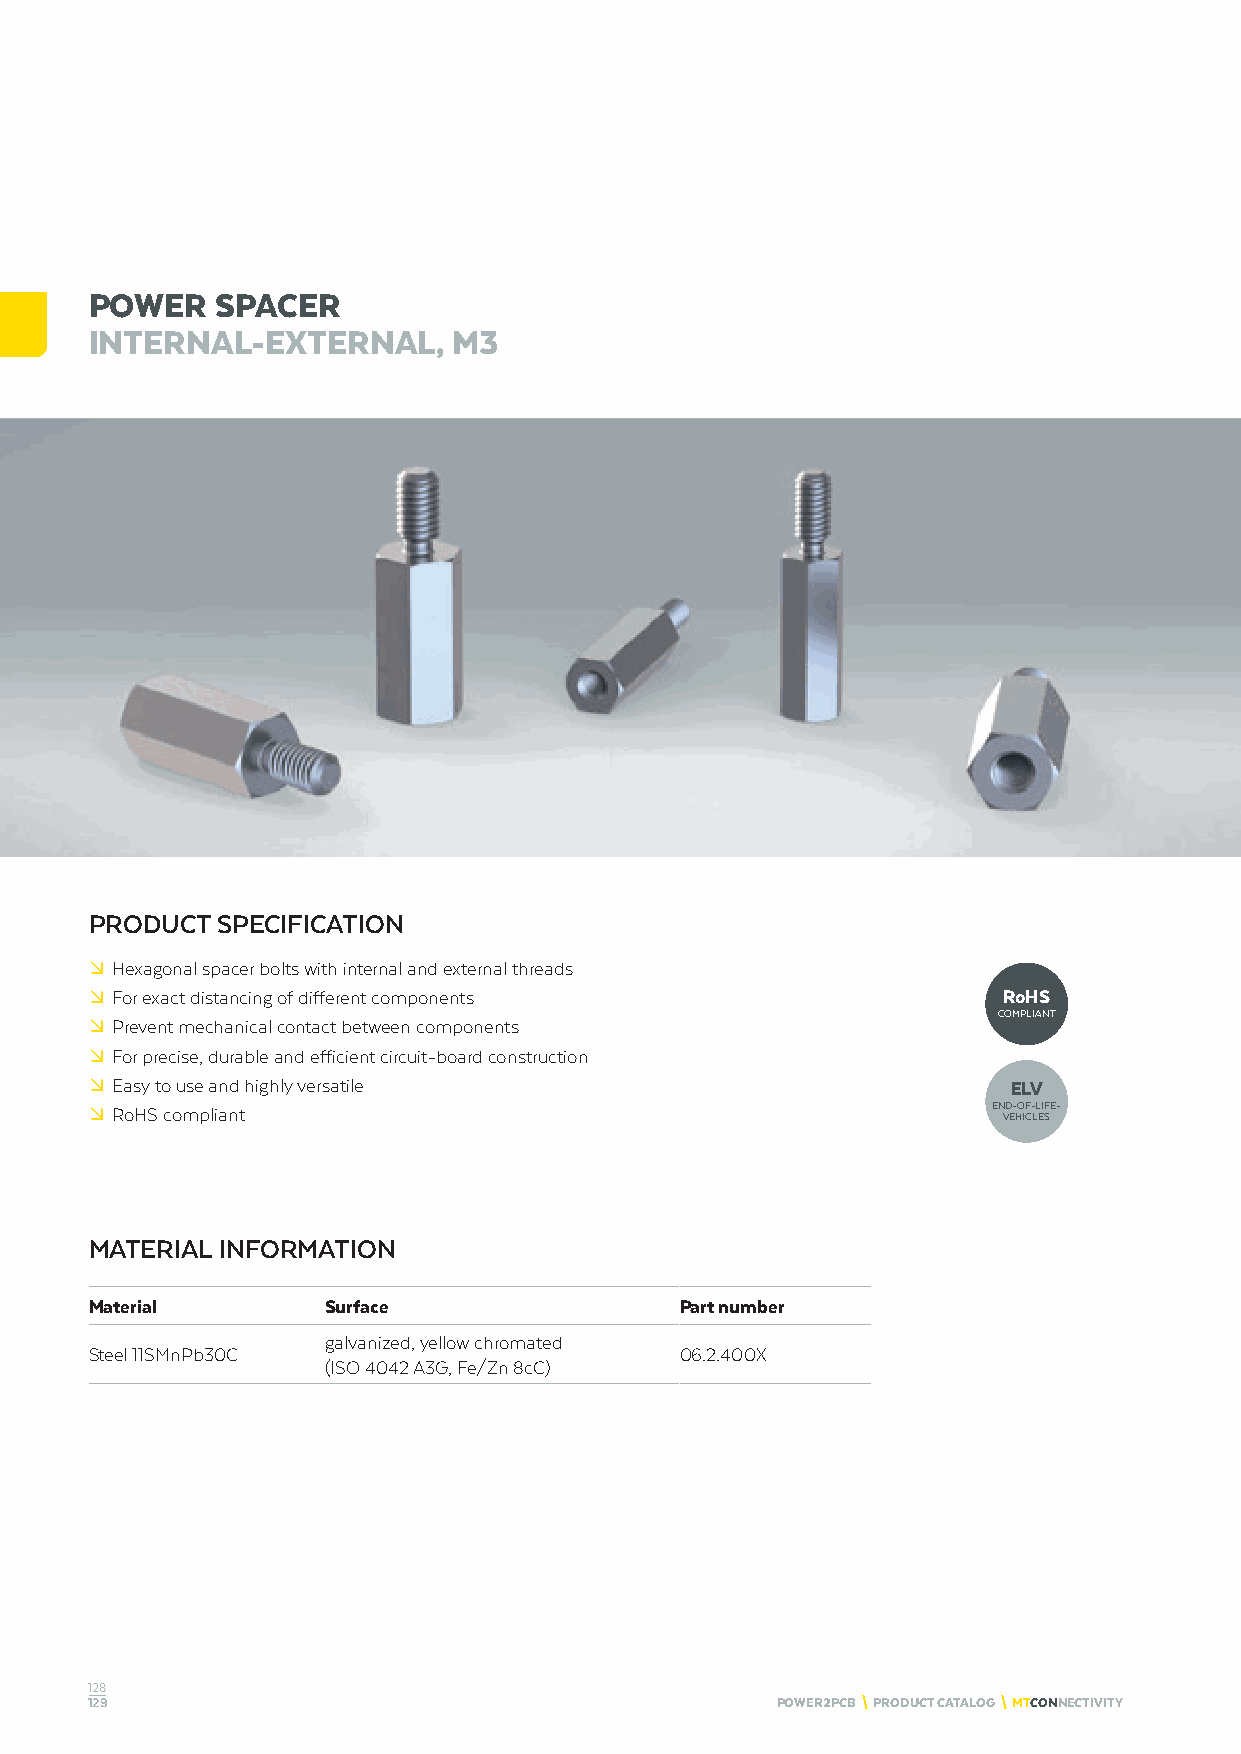
POWER   SPACER
 INTERNAL-EXTERNAL,      M3
 PRODUCT SPECIFICATION
 º Hexagonal spacer bolts with internal and external threads
 º For exact distancing of different components              RoHS
 COMPLIANT
 º Prevent mechanical contact between components
 º For precise, durable and efficient circuit-board construction
 º Easy to use and highly versatile                           ELV
 º RoHS compliant                                            END-OF-LIFE-
 VEHICLES
 MATERIAL INFORMATION
 Material        Surface                Part number
 galvanized, yellow chromated
 Steel 11SMnPb30C                       06.2.400X
 (ISO 4042 A3G, Fe/Zn 8cC)
 128
 129                                          POWER2PCB \ PRODUCT CATALOG \ MTCONNECTIVITY